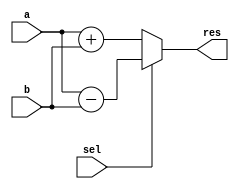
module add_sub #(
    parameter W = 16
) (
    input [W-1:0] a, b,
    input sel,
    output [W-1:0] res
);

assign res = sel
  ? (a - b)
  : (a + b);

endmodule
// Should be
// SB_LUT4 31
// SB_CARRY 15

// Yosys 94.66 MHz
// SB_LUT4 66
// SB_CARRY 30